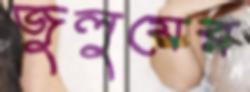
জুলুমের